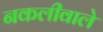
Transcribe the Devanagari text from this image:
नकलीवाले